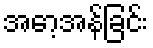
အော့အန်ခြင်း